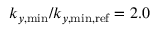
k _ { y , \mathrm { m i n } } / k _ { y , \mathrm { m i n , r e f } } = 2 . 0